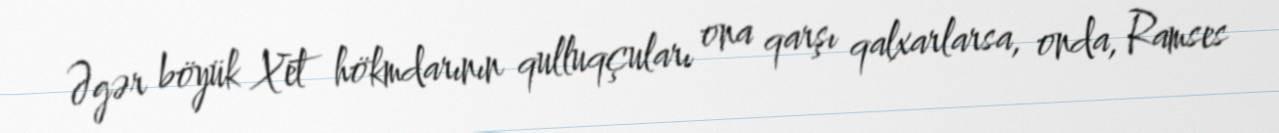
Əgər böyük Xet hökmdarının qulluqçuları ona qarşı qalxarlarsa, onda, Ramses